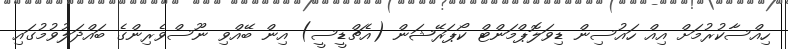
ހިއްސާކުރުމަށް އިއް ހައުސިން ޑިވަލޮޕްމަންޓް ކޯޕަރޭޝަން (އެޗްޑީސީ) އިން ބޭއްވި ނޫސްވެރިންގެ ބައްދަލުވުމުގައި